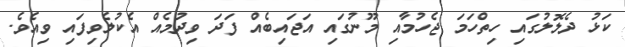
ކަޅު ދެލޮލުގައި ހިތްހަމަ ޖެހުމާއި މޫނުގައި އަޖައިބެއް ފަދަ ވިދުމެއް އެކުލެވިފައި ވިއެވެ.